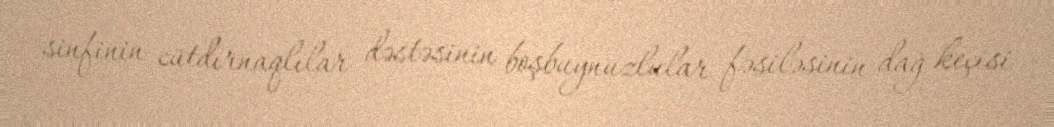
sinfinin cütdırnaqlılar dəstəsinin boşbuynuzlular fəsiləsinin dağ keçisi